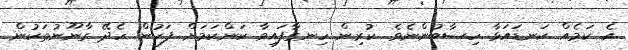
އެ ކަމެއް ކަނޑައަޅާ ހިސާބުންނެވެ. ކުރިން ހިނގާފައިވާ ކަންކަމަށް ފަހުން ހެދޭ ގާނޫނުތަކުން